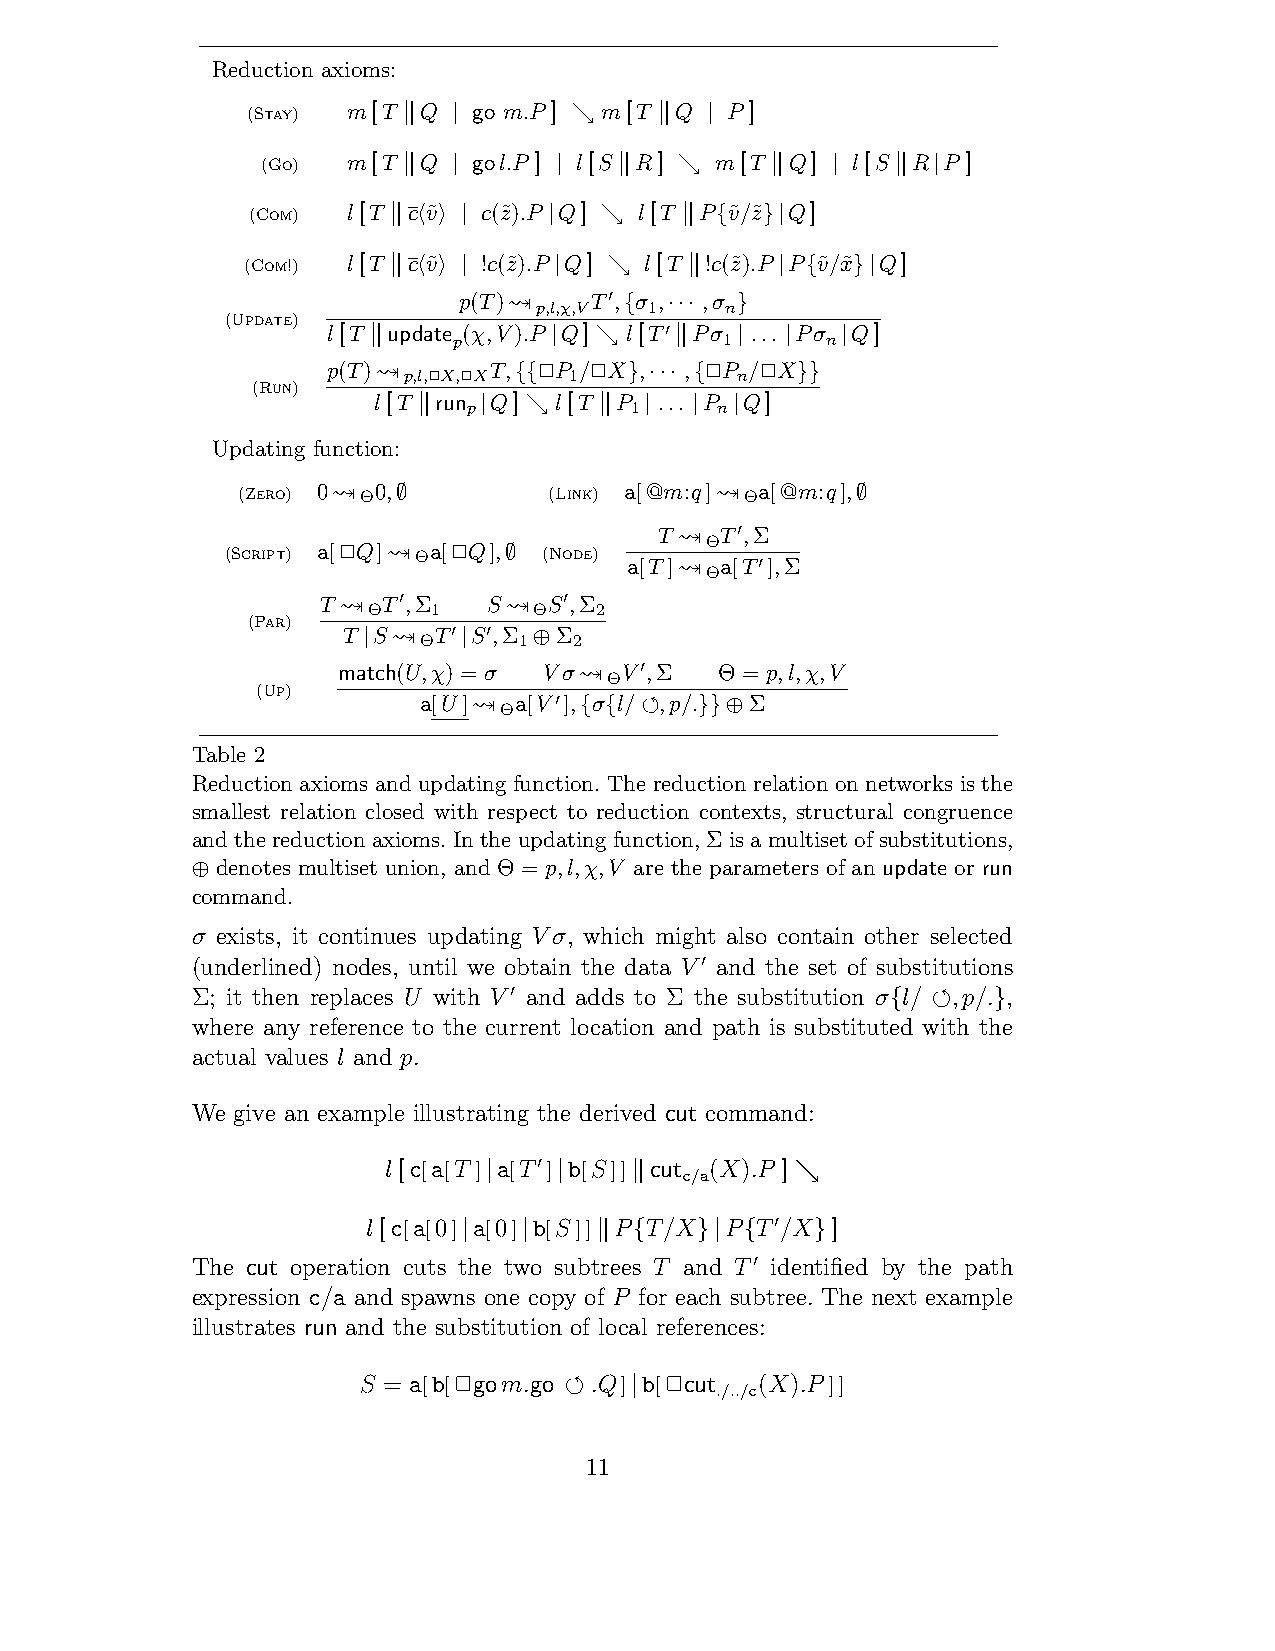
Reduction axioms:
 (Stay) m[T  Q  go m.P ] m[T  Q  P ]
 !  |       )    !   |
 (Go)  m[T  Q  gol.P ] l[S R]  m[T  Q]  l[S R P ]
 !  |      |   !   )     !   |   !  |
 (Com) l[T c v˜ c(z˜).P Q] l[T P v˜/z˜ Q]
 ! ’ ( |   |   )    ! {  }|
 (Com!) l[T c v˜ !c(z˜).P Q] l[T !c(z˜).P P v˜/x˜ Q]
 ! ’ ( |    |  )    !      | {  }|
 p(T)!!p,l,χ,VT !, σ 1, ,σ
 n
 (Update)                  {  ···  }
 l[T update (χ,V).P Q] l[T Pσ ... Pσ Q]
 !     p     |  )    !!  1 | |  n |
 p(T)!!p,l,!X,!XT, !P 1/!X , , !P n/!X
 (Run)            {{      } ··· {    }}
 l[T run Q]  l[T P  ... P Q]
 p          1    n
 !   |  )    !  |  |  |
 Updating function:
 (Zero) 0!!Θ0,       (Link) a[@m:q]!!Θa[@m:q],
 ∅                              ∅
 (Script) a[!Q]!!Θa[!Q], (Node)
 T !!ΘT !,Σ
 ∅       a[T ]!!Θa[T !],Σ
 T !!ΘT !,Σ
 1
 S!!ΘS !,Σ
 2
 (Par)
 T S!!ΘT
 !
 S !,Σ
 1
 Σ
 2
 |      |   ⊕
 match(U,χ) = σ Vσ!!ΘV !,Σ Θ = p,l,χ,V
 (Up)
 a[U ]!!Θa[V !], σ l/ ",p/. Σ
 { {     }}⊕
 Table 2
 Reduction axioms and updating function. The reduction relation on networks is the
 smallest relation closed with respect to reduction contexts, structural congruence
 andthereductionaxioms.Intheupdatingfunction,Σisamultisetofsubstitutions,
 denotes multiset union, and Θ = p,l,χ,V are the parameters of an update or run
 ⊕
 command.
 σ exists, it continues updating Vσ, which might also contain other selected
 (underlined) nodes, until we obtain the data V and the set of substitutions
 !
 Σ; it then replaces U with V
 !
 and adds to Σ the substitution σ l/ !,p/. ,
 {      }
 where any reference to the current location and path is substituted with the
 actual values l and p.
 We give an example illustrating the derived cut command:
 l[c[a[T ] a[T !] b[S]] cut c/a(X).P ]
 |    |    !          %
 l[c[a[0] a[0] b[S]] P T/X P T !/X ]
 |   |   !  {   }| {    }
 The cut operation cuts the two subtrees T and T identified by the path
 !
 expression c/a and spawns one copy of P for each subtree. The next example
 illustrates run and the substitution of local references:
 S = a[b[!gom.go ! .Q] b[!cut ./../c(X).P ]]
 |
 11